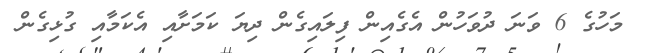
މަހުގެ 6 ވަނަ ދުވަހުން އެގެއިން ފިލައިގެން ދިޔަ ކަަމަށާއި އެކަމާއި ގުޅިގެން